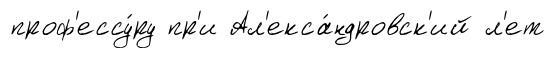
проф'ессу́ру пр'и Ал'екса́ндровск'ий л'ет